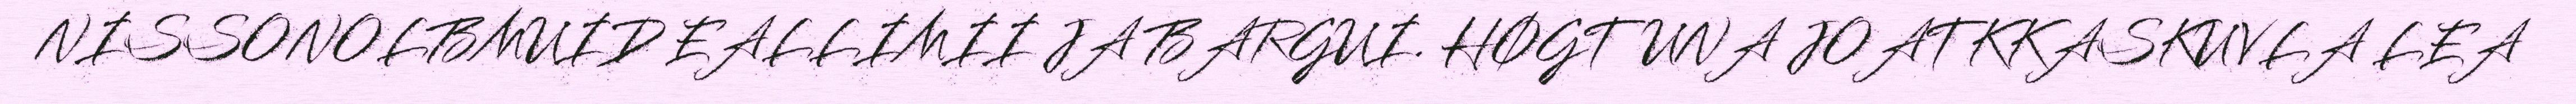
NISSONOLBMUID EALLIMII JA BARGUI. HØGTUNA JOATKKASKUVLA LEA